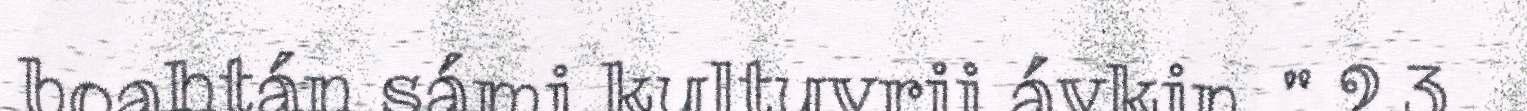
boahtán sámi kultuvrii ávkin ." 2.3